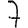
Digit: 7